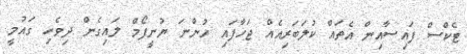
ޓެކްސް ފައިސާއިން އެތައް ކުލަބަރިއެއް ޖަހާފައި ހުންނަ ޔުނީފޯމް ލައިގެން ދިވެހި ގައުމީ